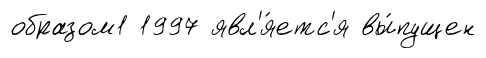
образом1 1997 явл'я́етс'я вы́пущен